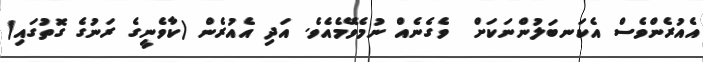
އެއުރެންވެސް އެކަނބަލުންނަކަށް  ވެގެނެއް ނުމެވޭމެއެވެ. އަދި އެއުރެން (ކާވެނީގެ ރަނުގެ ގޮތުގައި)